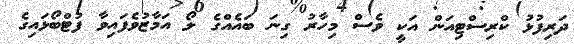
ދަރިފުޅު ކްރިސްޓިއަން އަކީ ވެސް މިހާރު ގިނަ ބައެއްގެ ލޯ އަމާޒުވެފައިވާ ފުޓްބޯޅައިގެ